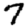
Digit: 7